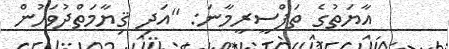
އާޔަތުގެ ތަފްސީރީމާނަ: ''އަދި ޤިޔާމަތްދުވަހުން